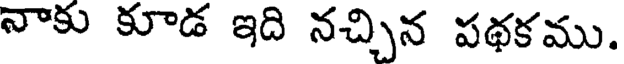
నాకు కూడ ఇది నచ్చిన పథకము.